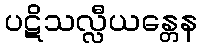
ပဋိသလ္လီယန္တေန